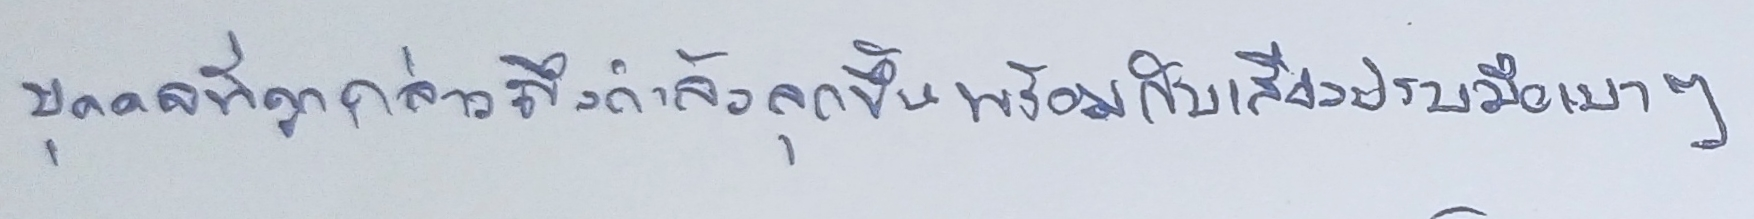
บุคคลที่ถูกกล่าวถึงกำลังลุกขึ้นพร้อมกับเสียงปรบมือเบาๆ